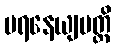
ပရနေယျမတ္ထိ